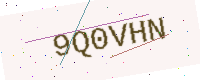
Text: 9Q0VHN